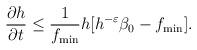
LaTeX: \begin{align*}\frac{\partial h}{\partial t}\leq \frac{1}{f_{\min}}h[h^{-\varepsilon}\beta_{0}-f_{\min}].\end{align*}